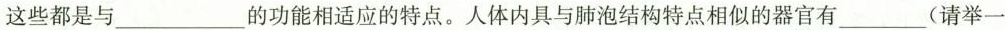
这些都是与___的功能相适应的特点。人体内具与肺泡结构特点相似的器官有___(请举一